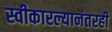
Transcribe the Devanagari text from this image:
स्वीकारल्यानंतरही